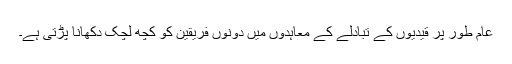
عام طور پر قیدیوں کے تبادلے کے معاہدوں میں دونوں فریقین کو کچھ لچک دکھانا پڑتی ہے۔